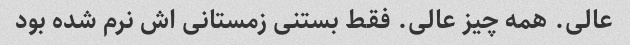
عالی. همه چیز عالی. فقط بستنی زمستانی اش نرم شده بود